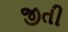
જીતી